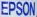
EPSON